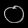
Digit: ၀